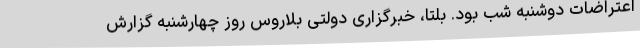
اعتراضات دوشنبه شب بود. بلتا، خبرگزاری دولتی بلاروس روز چهارشنبه گزارش